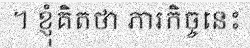
។ ខ្ញុំគិតថា ភារកិច្ចនេះ